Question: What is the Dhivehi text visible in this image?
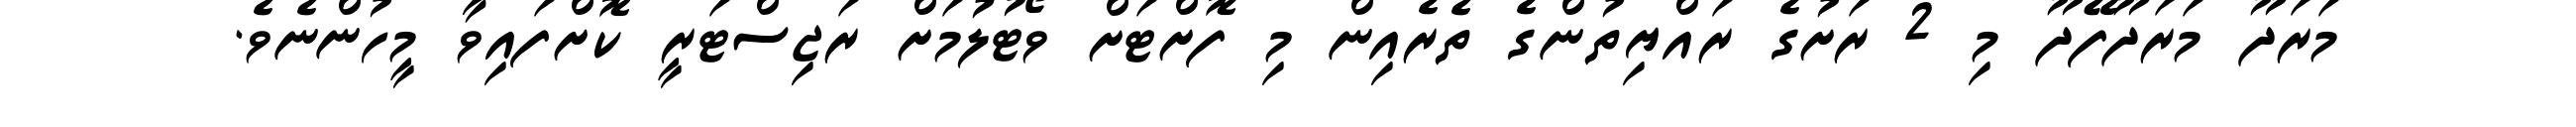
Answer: މަރަދޫ މަރަދޫފޭދޫ މި 2 ރަށުގެ ރައްޔިތުންގެ ތެރެއިން މި ފޮށްޓަށް ވޯޓުލުމަށް ރަޖިސްޓަރީ ކޮށްފައިވާ މީހުންނެވެ.